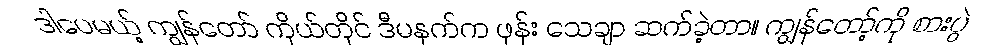
ဒါပေမယ့် ကျွန်တော် ကိုယ်တိုင် ဒီမနက်က ဖုန်း သေချာ ဆက်ခဲ့တာ။ ကျွန်တော့်ကို စားပွဲ